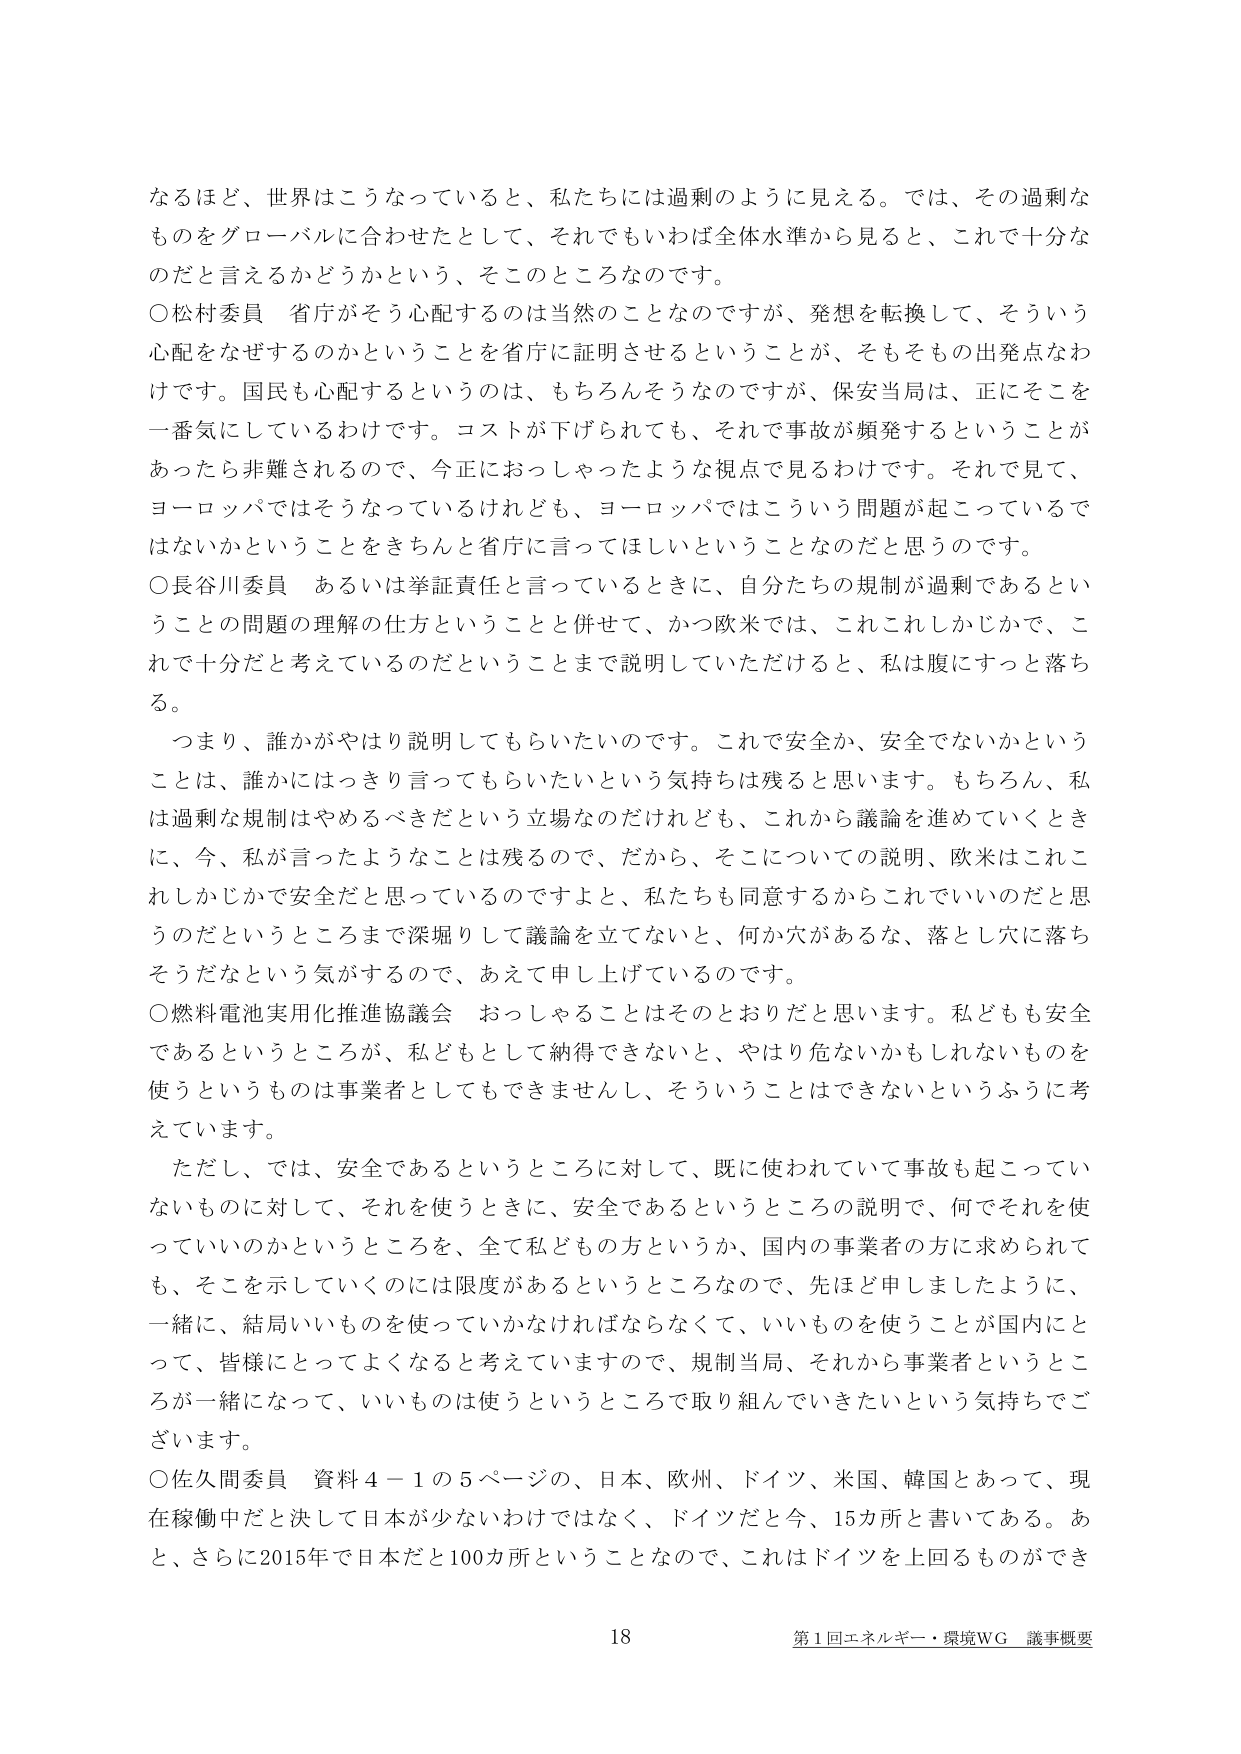
なるほど、世界はこうなっていると、私たちには過剰のように見える。では、その過剰なものをグローバルに合わせたとして、それでもいわば全体水準から見ると、これで十分なのだと言えるかどうかという、そこのこところなのです。

○松村委員 省庁がそう心配するのは当然のことなのですが、発想を転換して、そういう心配をなぜするのかということを省庁に証明させるということが、そもそもその出発点なわけですね。国民も心配するというのは、もちろんそうなのですが、保安当局は、正にそこを一番気にしているわけです。コストが下げられても、それで事故が頻発するということがあったら非難されるので、今正におっしゃったような視点で見るわけです。それで見て、ヨーロッパではそうなっているけれども、ヨーロッパではこういう問題が起こっているではないかということをきちんと省庁に言ってほしいということなのだと思うのです。

○長谷川委員 あるいは挙証責任と言っているときに、自分たちの規制が過剰であるということの問題の理解の仕方ということと併せて、かつ欧米では、これこれしかじかで、これで十分だと考えているのだということまで説明していただけると、私は腹にすっと落ちる。

つまり、誰かがやはり説明してもらいたいのです。これで安全か、安全でないかということは、誰かにはっきり言ってもらいたいという気持ちは残ると思います。もちろん、私は過剰な規制はやめるべきだという立場なのだけれども、これから議論を進めていくときに、今、私が言ったようなことは残るので、だから、そこについての説明、欧米はこれこれしかじかで安全だと思っているのですよと、私たちも同意するからこれでいいのだと思うのだというところまで深堀りして議論を立てないと、何か穴があるな、落とし穴に落ちそうだなという気がするので、あえて申し上げているのです。

○燃料電池実用化推進協議会 おっしゃることはそのとおりだと思います。私どもも安全であるというところが、私どもとして納得できないと、やはり危ないかもしれないものを使うというものは事業者としてもできませんし、そういうことはできないというふうに考えています。

ただし、では、安全であるというところに対して、既に使われていて事故も起こっていないものに対して、それを使うときに、安全であるというところの説明で、何でそれを使っていいのかというところを、全て私どもの方というか、国内の事業者の方に求められても、そこを示していくのには限度があるというところなので、先ほど申しましたように、一緒に、結局いいものを使っていかなければならないなくて、いいものを使うことが国内にとって、皆様にとってよくなると考えていますので、規制当局、それから事業者というところが一緒になって、いいものは使うというところで取り組んでいきたいという気持ちでございます。

○佐久間委員 資料４－１の５ページの、日本、欧州、ドイツ、米国、韓国とあって、現在稼働中だと決して日本が少ないわけではなく、ドイツだと今、15カ所と書いてある。あと、さらに2015年で日本だと100カ所ということなので、これはドイツを上回るものができる

18 第1回エネルギー・環境WG 議事概要